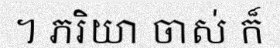
។ ភរិយា ចាស់ ក៏